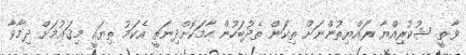
ވާތީ. ޝުކުރިއްޔާ ރައްޔިތުންނަށް ތިކަން ތެދުބަހުން ހާމަކޮށްދިނަތީ އެކަމު ތިޔައީ މިޤަޢުމަށް ދިމާވާ